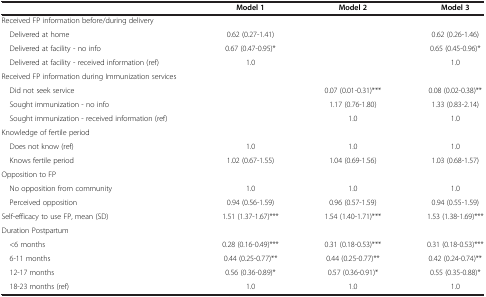
|  | Model 1 | Model 2 | Model 3 |
 | --- | --- | --- | --- |
 | Received FP information before/during delivery |  |  |  |
 | Delivered at home | 0.62 (0.27-1.41) |  | 0.62 (0.26-1.46) |
 | Delivered at facility - no info | 0.67 (0.47-0.95)* |  | 0.65 (0.45-0.96)* |
 | Delivered at facility - received information (ref) | 1.0 |  | 1.0 |
 | Received FP information during Immunization services |  |  |  |
 | Did not seek service |  | 0.07 (0.01-0.31)*** | 0.08 (0.02-0.38)** |
 | Sought immunization - no info |  | 1.17 (0.76-1.80) | 1.33 (0.83-2.14) |
 | Sought immunization - received information (ref) |  | 1.0 | 1.0 |
 | Knowledge of fertile period |  |  |  |
 | Does not know (ref) | 1.0 | 1.0 | 1.0 |
 | Knows fertile period | 1.02 (0.67-1.55) | 1.04 (0.69-1.56) | 1.03 (0.68-1.57) |
 | Opposition to FP |  |  |  |
 | No opposition from community | 1.0 | 1.0 | 1.0 |
 | Perceived opposition | 0.94 (0.56-1.59) | 0.96 (0.57-1.59) | 0.94 (0.55-1.59) |
 | Self-efficacy to use FP, mean (SD) | 1.51 (1.37-1.67)*** | 1.54 (1.40-1.71)*** | 1.53 (1.38-1.69)*** |
 | Duration Postpartum |  |  |  |
 | <6 months | 0.28 (0.16-0.49)*** | 0.31 (0.18-0.53)*** | 0.31 (0.18-0.53)*** |
 | 6-11 months | 0.44 (0.25-0.77)** | 0.44 (0.25-0.77)** | 0.42 (0.24-0.74)** |
 | 12-17 months | 0.56 (0.36-0.89)* | 0.57 (0.36-0.91)* | 0.55 (0.35-0.88)* |
 | 18-23 months (ref) | 1.0 | 1.0 | 1.0 |